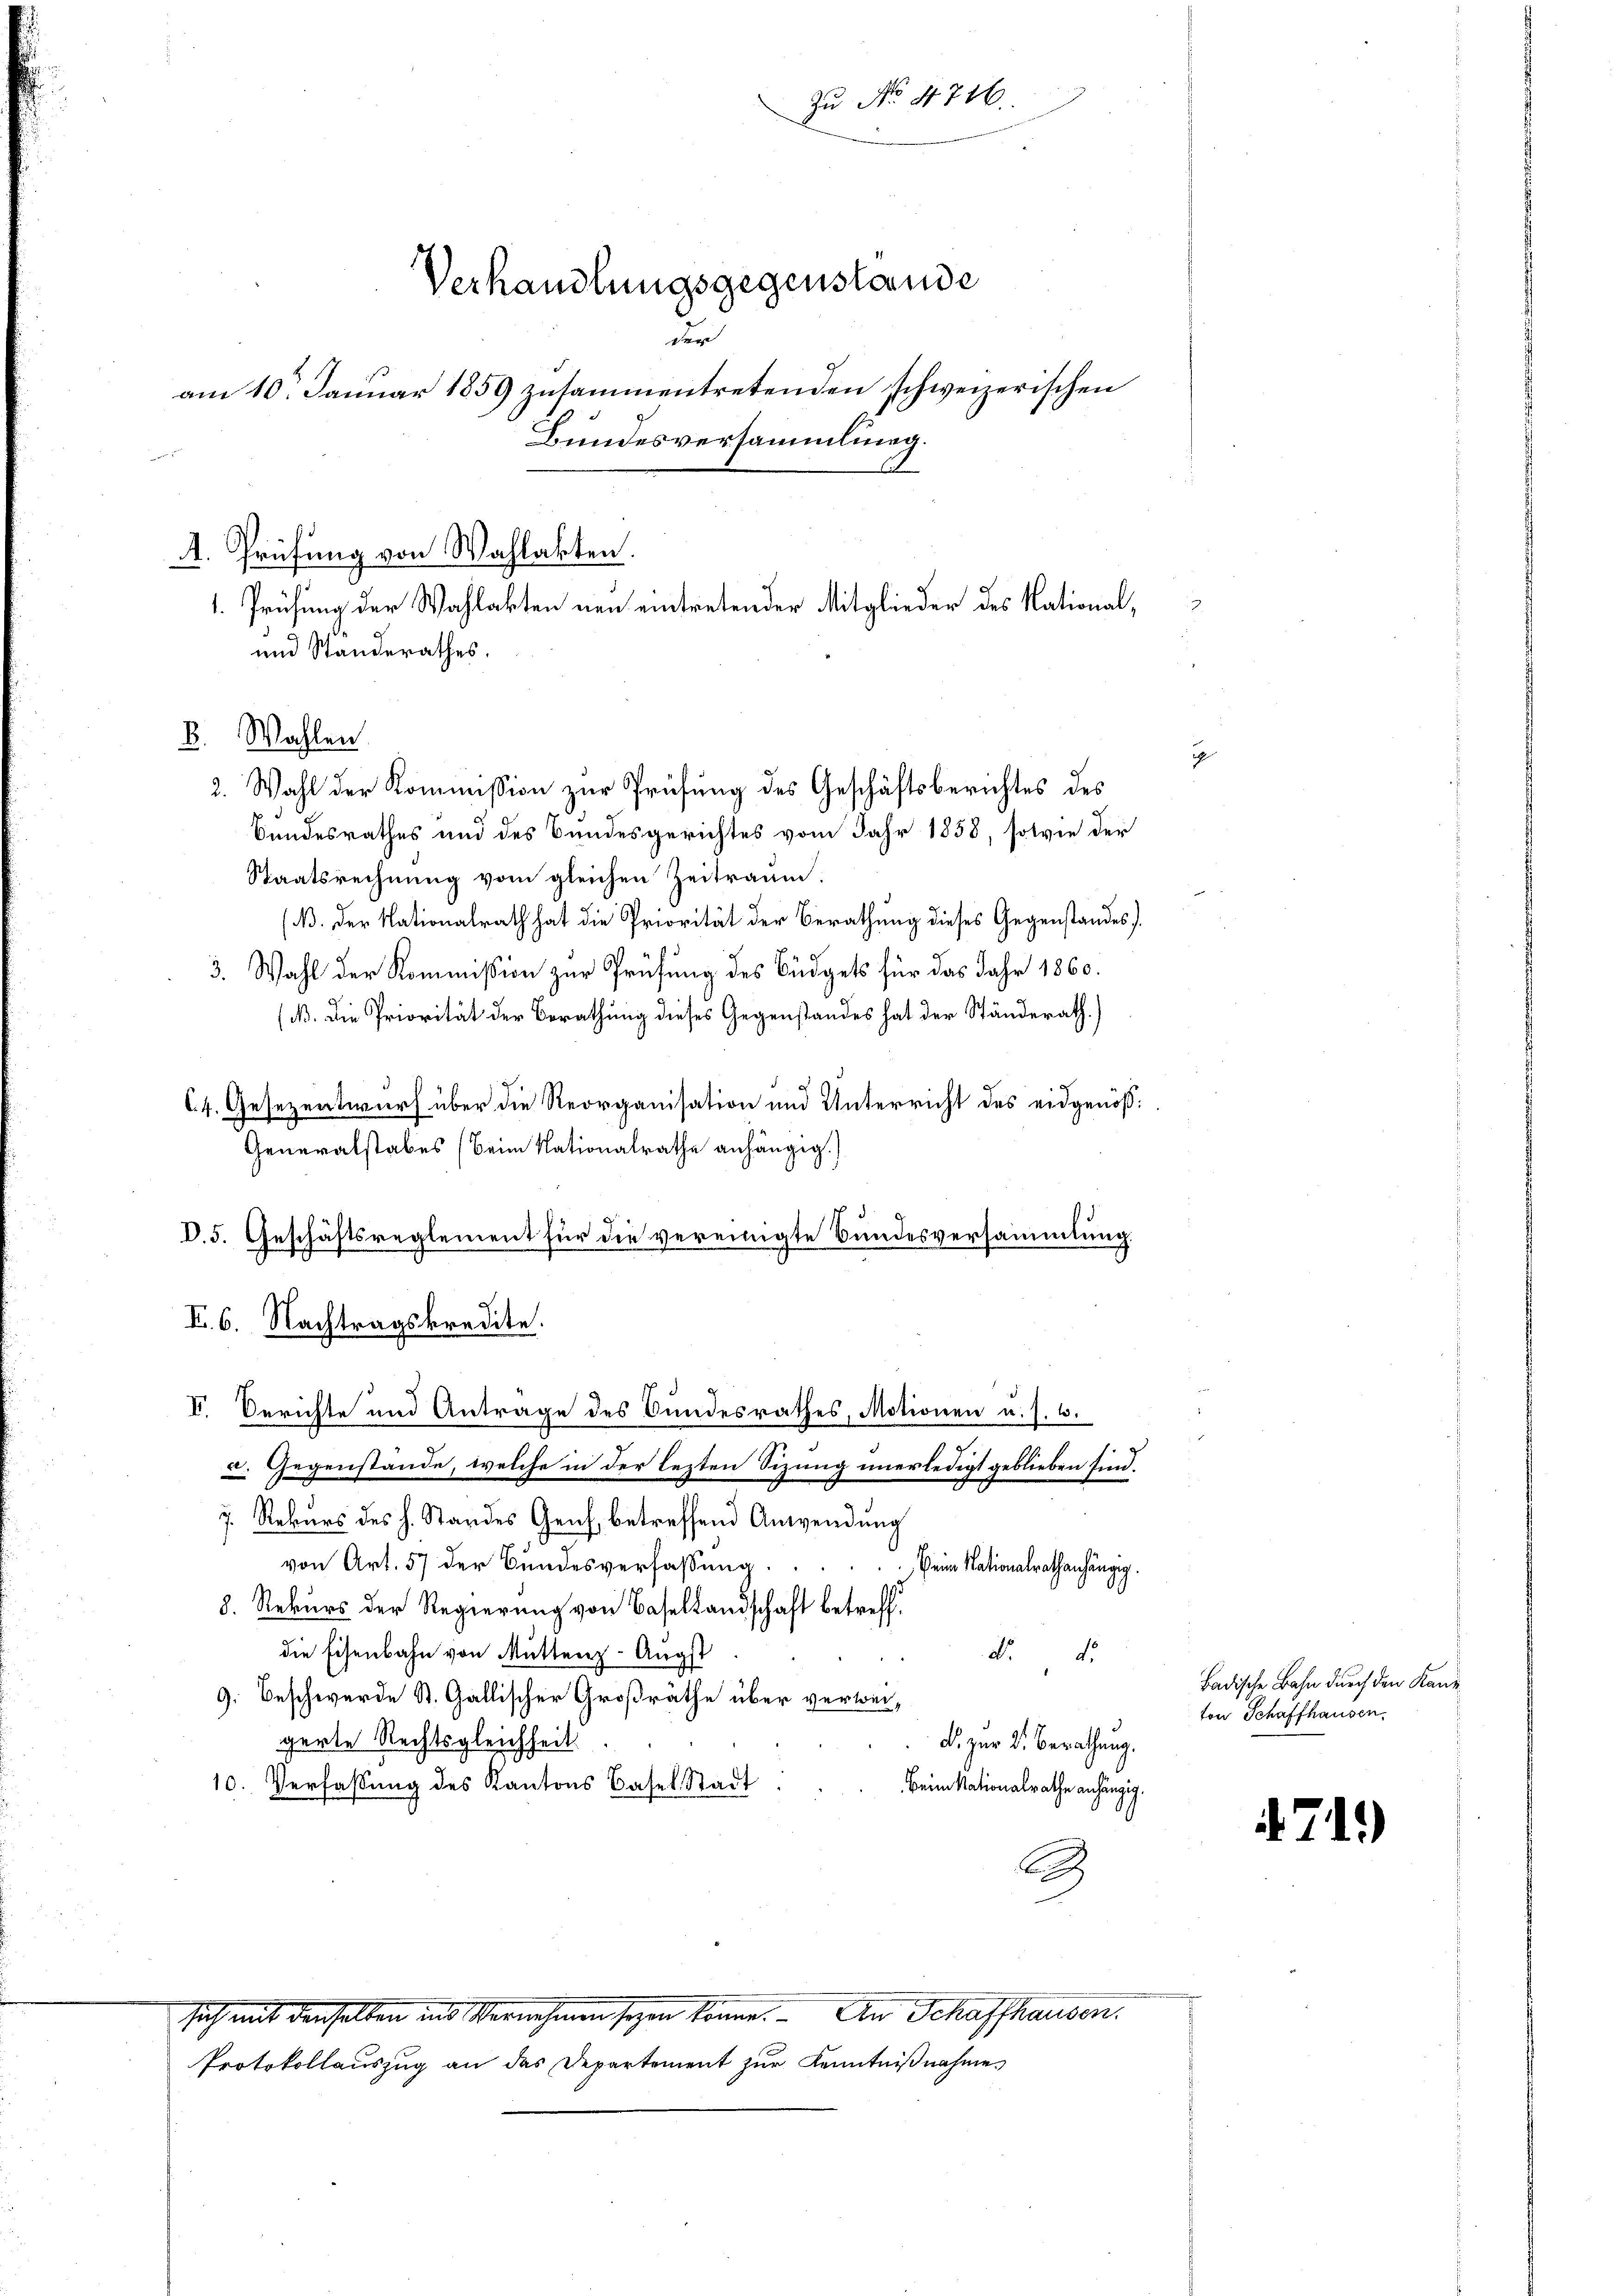
Zu No. 4746.
Verhandlungsgegenstande
den
am 10. Januar 1859 zusammentretenden schweizerischen
Bundesversammlung.
A. Prüfung von Wahlakten.
1. Prüfung der Wahlakten neu eintretender Mitglieder des National,
und Standerathes,

Bundesrathes und des Bundesgerichtes vom Jahr 1858, solvie der
Staatsrechnung vom gleichen Zeitraum.
(B. Der Nationalrath hat die Priorität der Berathung dieses Gegenstandes
3. Wahl der Kommission zur Prüfung des Büdgets für das Jahr 1860.
(B. Die Priorität der Berathung dieses Gegenstandes hat der Ständerath.)
C4. Gesezentwurf über die Reorganisation und Unterricht des eidgenöß¬
Generalstabes (Beim Nationalrathe anhängig.)
c. Gegenstände, welche in der lezten Sizung unerledigt geblieben sind.
7. Rekurs des h. Standes Genf, betreffend Anwendung
von Art. 57 der Bundesverfassung.
Beim Nationalrathenhängig.
8. Rekurs der Regierung von Basellandschaft betreff
die Eisenbahn von Muttenz-Angst
d. d.
9. Beschwerde St. Gallischer Großräthe über verweigerte Rechtsgleichheit
F. zur V. Berathung.
10. Verfassung des Kantons Basel, Stadt
Beim Nationalrathe anhängig.
a
sich mit denselben ins Vernehmen seyen könne. An Schaffhausen.
Protokollaŭszŭg an das Departement zŭr Kenntniβnahme

B. Wahlen

D.5. Geschäftsreglement für die vereinigte Bundesversammlung
I. 6. Nachtragskredite.
I. Berichte und Antrage des Bundesrathes, Motionen u. s. 6.

2. Wahl der Kommission zur Prüfung des Geschäftsberichtes des

.

Badische Bahn durch den Kanz
ton Schaffhausen.

4711)